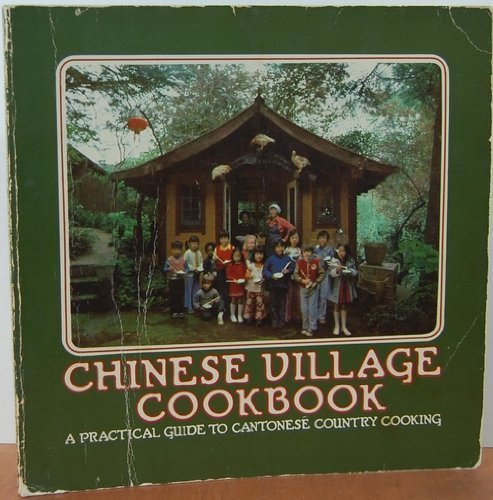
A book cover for Chinese Village Cookbook: A Practical Guide to Cantonese Country Cooking; Rhoda Yee; Cookbooks, Food & Wine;